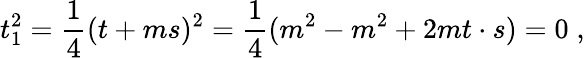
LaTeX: t_{1}^{2}=\frac{1}{4}(t+ms)^{2}=\frac{1}{4}(m^{2}-m^{2}+2mt\cdot s)=0\; ,